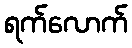
ရက်လောက်